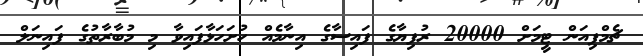
ޗެމްޕިއަން ޓީމަށް 20000 ރުފިޔާގެ ފައިސާގެ އިނާމެއް ހުށަހަޅާފައިވާ މި މުބާރާތުގެ ފައިނަލް